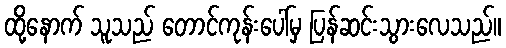
ထို့နောက် သူသည် တောင်ကုန်းပေါ်မှ ပြန်ဆင်းသွားလေသည်။